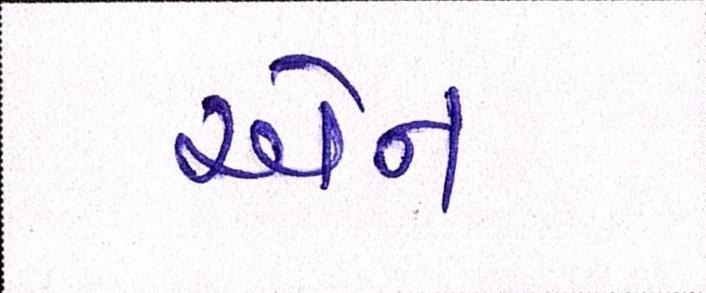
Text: એન